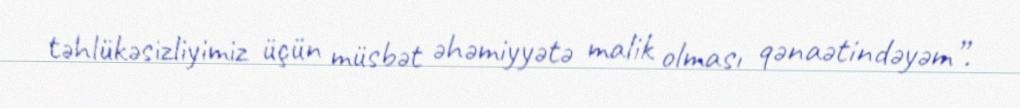
təhlükəsizliyimiz üçün müsbət əhəmiyyətə malik olması qənaətindəyəm”.